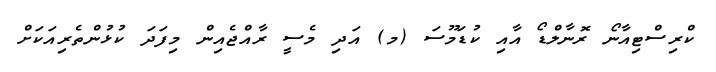
ކްރިސްޓިއާނޯ ރޮނާލްޑޯ އާއި ކުޑަމޫސަ (މ) އަދި މެސީ ރާއްޖެއިން މިފަދަ ކުޅުންތެރިއަކަށް